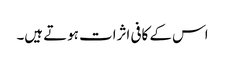
اس کے کافی اثرات ہوتے ہیں۔